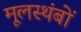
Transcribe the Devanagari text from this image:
मूलस्थंबों